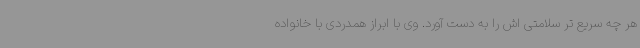
هر چه سریع تر سلامتی اش را به دست آورد. وی با ابراز همدردی با خانواده